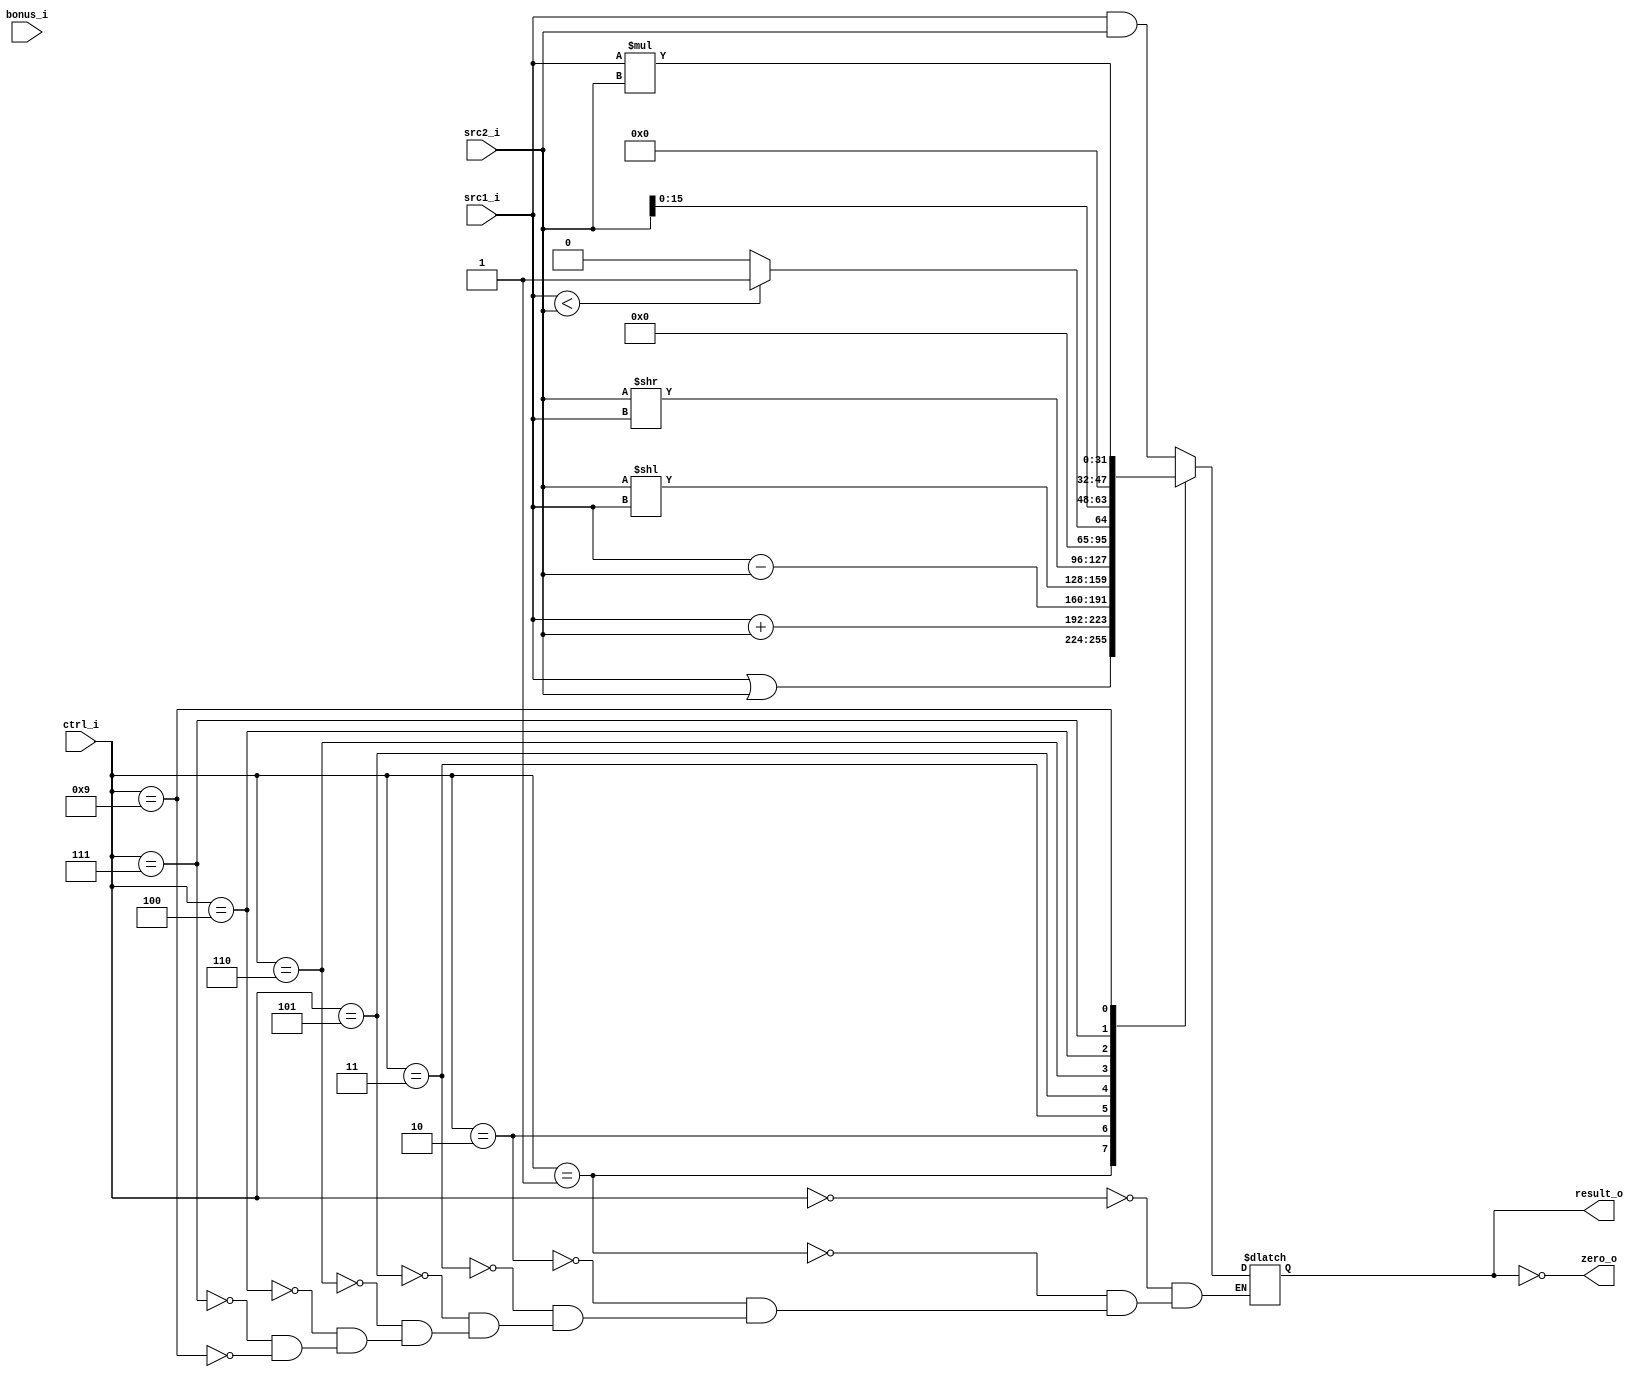
//Subject:     CO project 2 - ALU
//--------------------------------------------------------------------------------
//Version:     1
//--------------------------------------------------------------------------------
//Writer: lichin,lin     
//----------------------------------------------
//----------------------------------------------
//Description: implement all function for simple ALU.
//--------------------------------------------------------------------------------

module ALU(
	//rst_n,  //here is reset. 
    src1_i,	//32-bit input 1
	src2_i,	//32-bit input 2
	ctrl_i, //ALU-controller
	bonus_i,
	result_o, //32-bit output
	zero_o	//set zero
	);
     
//I/O ports
//input rst_n;
input  [32-1:0]  src1_i;
input  [32-1:0]  src2_i;
input  [4-1:0]   ctrl_i;
input  [3-1:0]   bonus_i;
output [32-1:0]  result_o;
output           zero_o;

//Internal signals
wire             zero_o;
reg[32-1:0]  	 result_o;

//Parameter
parameter ALU_AND = 4'b0000, ALU_OR = 4'b0001, ALU_ADD  = 4'b0010, ALU_SUB = 4'b0011,  ALU_SLT = 4'b0100, ALU_SLL = 4'b0101, ALU_SRLV = 4'b0110,ALU_LUI= 4'b0111;
parameter ALU_MUL = 4'b1001, ALU_JR = 4'b1010;
assign zero_o = (result_o == 0);

//Main function
always @(*) begin
	case (ctrl_i)
		ALU_AND : 	 result_o <= src1_i & src2_i;
		ALU_OR  : 	 result_o <= src1_i | src2_i;
		ALU_ADD : 	 result_o <= src1_i + src2_i;
		ALU_SUB : 	 result_o <= (src1_i - src2_i);
		ALU_SLL : 	 result_o <= src2_i<<src1_i;
		ALU_SRLV: 	 result_o <= src2_i>>src1_i;
		ALU_SLT : 	 result_o <= (src1_i < src2_i) ? 1 : 0;
		ALU_LUI : 	 result_o <= src2_i<<16;
		ALU_MUL :	 result_o <= src1_i * src2_i;
		//ALU_JR:;

		default : result_o <= result_o;
	endcase
end
endmodule